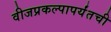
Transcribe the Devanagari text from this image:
वीजप्रकल्पापर्यंतची